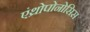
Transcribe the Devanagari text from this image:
एंथ्रोपोनोसिस